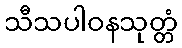
သီသပါဝနသုတ္တံ